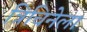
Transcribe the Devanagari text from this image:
त्रिचिनेला